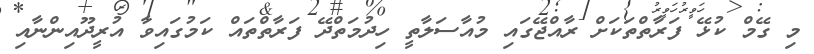
މި ގޭމް ކުޅޭ ފަރާތްތަކަށް ރާއްޖޭގައި މުއާސަލާތީ ހިދުމަތްދޭ ފަރާތްތައް ކަމުގައިވާ އުރީދޫއިންނާއި